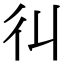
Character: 𢒾